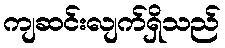
ကျဆင်းလျက်ရှိသည်